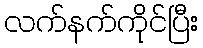
လက်နက်ကိုင်ပြီး